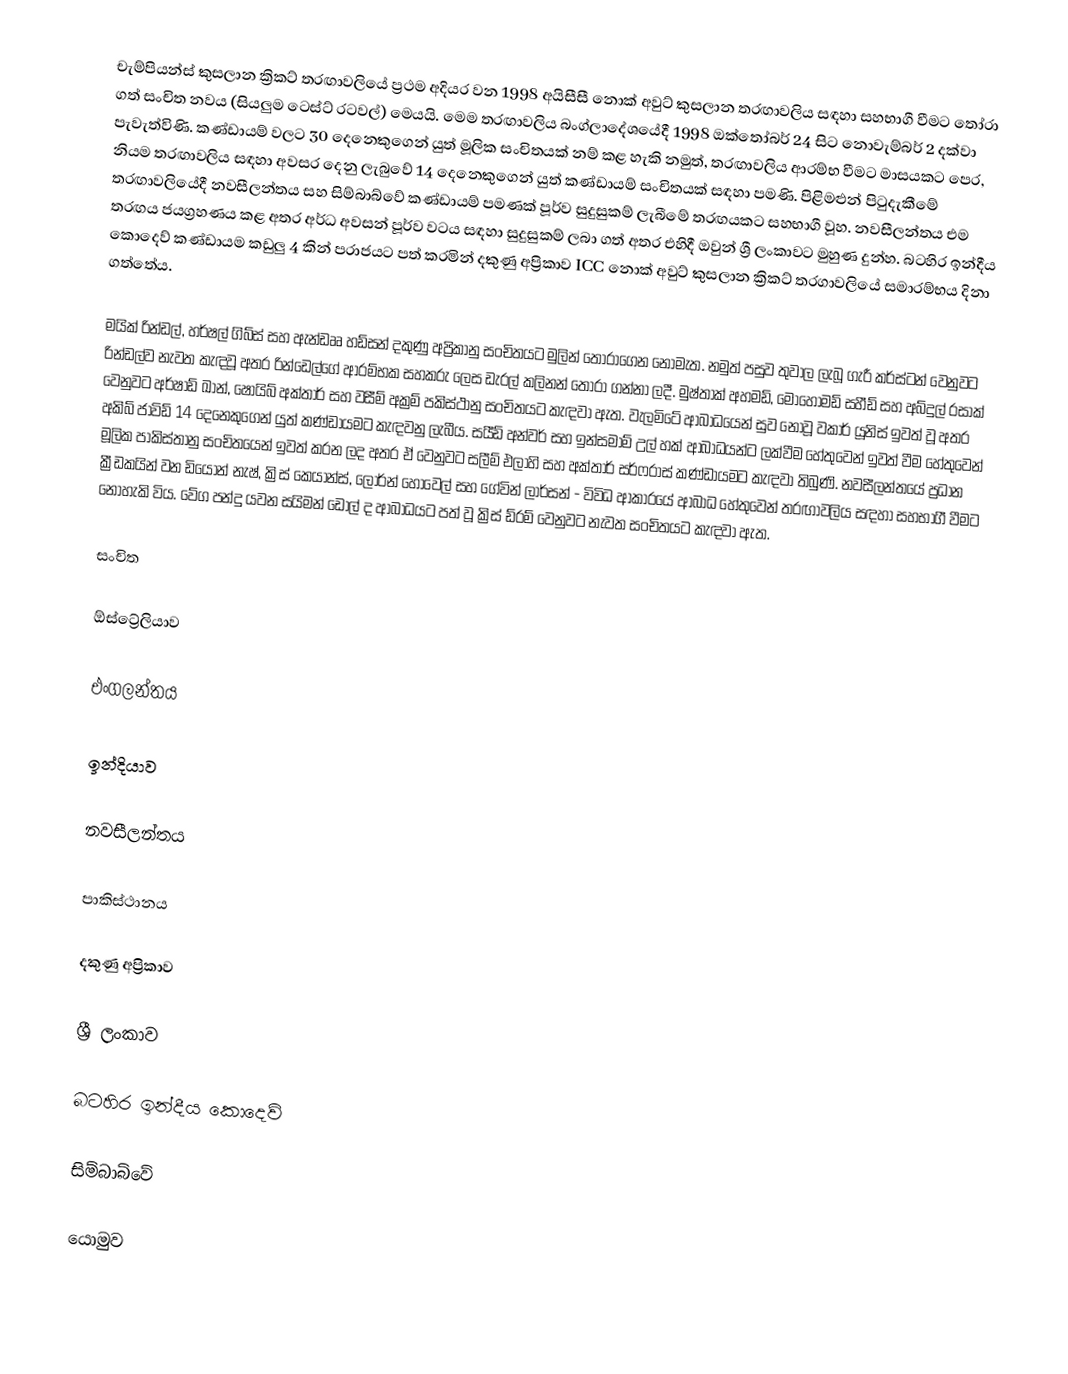
චැම්පියන්ස් කුසලාන ක්‍රිකට් තරඟාවලියේ ප්‍රථම අදියර වන 1998 අයිසීසී නොක් අවුට් කුසලාන තරඟාවලිය සඳහා සහභාගී වීමට තෝරා ගත් සංචිත නවය (සියලුම ටෙස්ට් රටවල්) මෙයයි. මෙම තරඟාවලිය බංග්ලාදේශයේදී 1998 ඔක්තෝබර් 24 සිට නොවැම්බර් 2 දක්වා පැවැත්විණි. කණ්ඩායම් වලට 30 දෙනෙකුගෙන් යුත් මූලික සංචිතයක් නම් කළ හැකි නමුත්, තරඟාවලිය ආරම්භ වීමට මාසයකට පෙර, නියම තරඟාවලිය සඳහා අවසර දෙනු ලැබුවේ 14 දෙනෙකුගෙන් යුත් කණ්ඩායම් සංචිතයක් සඳහා පමණි. පිළිමළුන් පිටුදැකීමේ තරඟාවලියේදී නවසීලන්තය සහ සිම්බාබ්වේ කණ්ඩායම් පමණක් පූර්ව සුදුසුකම් ලැබීමේ තරඟයකට සහභාගී වූහ. නවසීලන්තය එම තරඟය ජයග්‍රහණය කළ අතර අර්ධ අවසන් පූර්ව වටය සඳහා සුදුසුකම් ලබා ගත් අතර එහිදී ඔවුන් ශ්‍රී ලංකාවට මුහුණ දුන්හ. බටහිර ඉන්දීය කොදෙව් කණ්ඩායම කඩුලු 4 කින් පරාජයට පත් කරමින් දකුණු අප්‍රිකාව ICC නොක් අවුට් කුසලාන ක්‍රිකට් තරගාවලියේ සමාරම්භය දිනා ගත්තේය.

මයික් රින්ඩල්, හර්ෂල් ගිබ්ස් සහ ඇන්ඩෲ හඩ්සන් දකුණු අප්‍රිකානු සංචිතයට මුලින් තෝරාගෙන නොමැත. නමුත් පසුව තුවාල ලැබූ ගැරී කර්ස්ටන් වෙනුවට රින්ඩල්ව නැවත කැඳවූ අතර රින්ඩෙල්ගේ ආරම්භක සහකරු ලෙස ඩැරල් කලිනන් තෝරා ගන්නා ලදී. මුෂ්තාක් අහමඩ්, මොහොමඩ් සහීඩ් සහ අබ්දුල් රසාක් වෙනුවට අර්ෂාඩ් ඛාන්, ෂොයිබ් අක්තාර් සහ වසීම් අක්‍රම් පකිස්ථානු සංචිතයට කැඳවා ඇත. වැලමිටේ ආබාධයෙන් සුව නොවූ වකාර් යූනිස් ඉවත් වූ අතර අකිබ් ජාවිඩ් 14 දෙනෙකුගෙන් යුත් කණ්ඩායමට කැඳවනු ලැබීය. සයීඩ් අන්වර් සහ ඉන්සමාම් උල් හක් ආබාධයන්ට ලක්වීම හේතුවෙන් ඉවත් වීම හේතුවෙන් මූලික පාකිස්තානු සංචිතයෙන් ඉවත් කරන ලද අතර ඒ වෙනුවට සලීම් එලාහි සහ අක්තාර් සර්ෆරාස් කණ්ඩායමට කැඳවා තිබුණි. නවසීලන්තයේ ප්‍රධාන ක්‍රීඩකයින් වන ඩියෝන් නැෂ්, ක්‍රිස් කෙයාන්ස්, ලෝර්න් හෝවෙල් සහ ගේවින් ලාර්සන් - විවිධ ආකාරයේ ආබාධ හේතුවෙන් තරඟාවලිය සඳහා සහභාගී වීමට නොහැකි විය. වේග පන්දු යවන සයිමන් ඩෝල් ද ආබාධයට පත් වූ ක්‍රිස් ඩ්රම් වෙනුවට නැවත සංචිතයට කැඳවා ඇත.

සංචිත

ඕස්ට්‍රේලියාව

එංගලන්තය

ඉන්දියාව

නවසීලන්තය

පාකිස්ථානය

දකුණු අප්‍රිකාව

ශ්‍රී ලංකාව

බටහිර ඉන්දීය කොදෙව්

සිම්බාබ්වේ

යොමුව